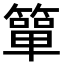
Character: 簞